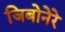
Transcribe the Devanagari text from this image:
जिबोनेरे